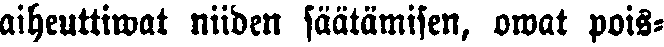
aiheuttiwat niiden säätämisen, owat pois-